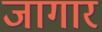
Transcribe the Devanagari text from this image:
जागार